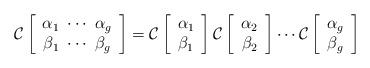
LaTeX: \begin{align*}{\cal C} \left[ \begin{array}{c} {\alpha}_1\ \cdots\ \alpha_g \\ {\beta}_1\ \cdots\ \beta_g \end{array}\right]={\cal C} \left[ \begin{array}{c} {\alpha}_1 \\ {\beta}_1 \end{array}\right]{\cal C} \left[ \begin{array}{c} {\alpha}_2 \\ {\beta}_2 \end{array}\right] \cdots {\cal C} \left[ \begin{array}{c} {\alpha}_g \\ {\beta}_g \end{array}\right]\end{align*}